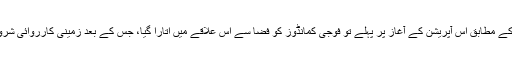
فوجی بیان کے مطابق اس آپریشن کے آغاز پر پہلے تو فوجی کمانڈوز کو فضا سے اس علاقے میں اتارا گیا، جس کے بعد زمینی کارروائی شروع کی گئی۔